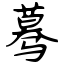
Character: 蓦